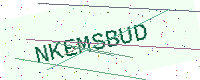
Text: NKEMSBUD